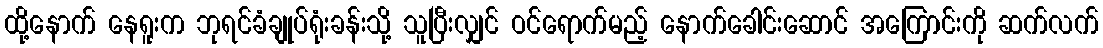
ထို့နောက် နေရူးက ဘုရင်ခံချုပ်ရုံးခန်းသို့ သူပြီးလျှင် ဝင်ရောက်မည့် နောက်ခေါင်းဆောင် အကြောင်းကို ဆက်လက်